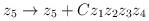
LaTeX: \begin{align*} z_5 \to z_5 + Cz_1z_2z_3z_4\end{align*}